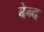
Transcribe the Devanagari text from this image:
बेन्द